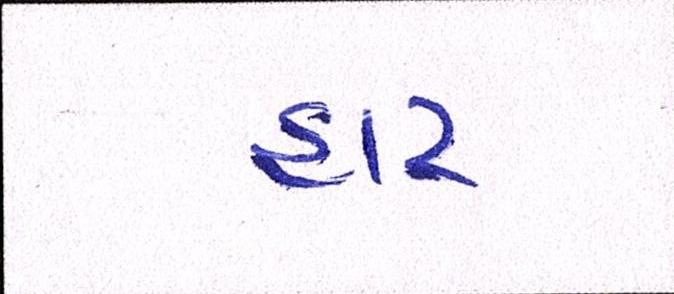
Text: હાર